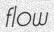
flow